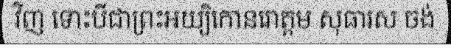
វិញ ទោះបីជាព្រះអយ្យិកោនរោត្តម សុធារស ចង់